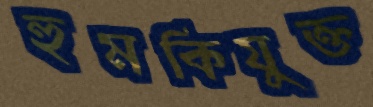
হুমকিযুক্ত